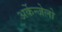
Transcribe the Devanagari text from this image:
अर्केन्जेलो